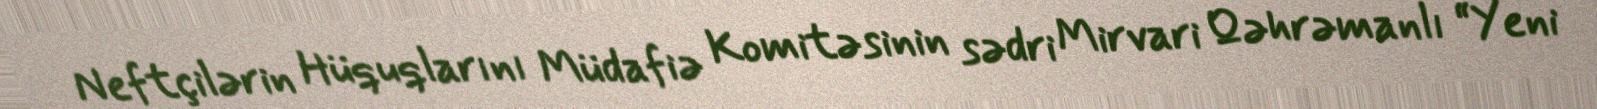
Neftçilərin Hüquqlarını Müdafiə Komitəsinin sədri Mirvari Qəhrəmanlı “Yeni